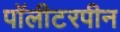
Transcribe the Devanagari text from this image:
पॉलीटरपीन